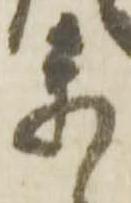
参